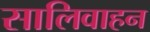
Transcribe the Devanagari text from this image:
सालिवाहन